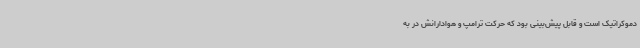
دموکراتیک است و قابل پیش‌بینی بود که حرکت ترامپ و هوادارانش در به